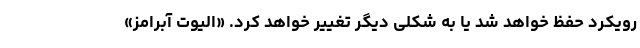
رویکرد حفظ خواهد شد یا به شکلی دیگر تغییر خواهد کرد. «الیوت آبرامز»